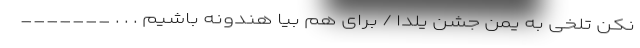
نکن تلخی به یمن جشن یلدا / برای هم بیا هندونه باشیم . . . _______